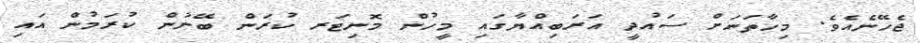
ޖެހޭނެއެވެ. މިހާތަނަށް ސައުދީ އަރަބިއްޔާގައި މީހުން މޮނިޓަރ ކުރަން ބޭނުން ކުރަމުން އައި